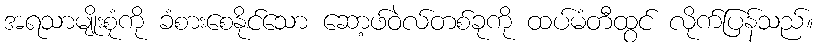
အရသာမျိုးစုံကို ခံစားစေနိုင်သော ဆော့ဖ်ဝဲလ်တစ်ခုကို ထပ်မံတီထွင် လိုက်ပြန်သည်။